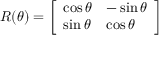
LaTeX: R ( \theta ) = { \left[ \begin{array} { l l } { \cos \theta } & { - \sin \theta } \\ { \sin \theta } & { \cos \theta } \end{array} \right] }